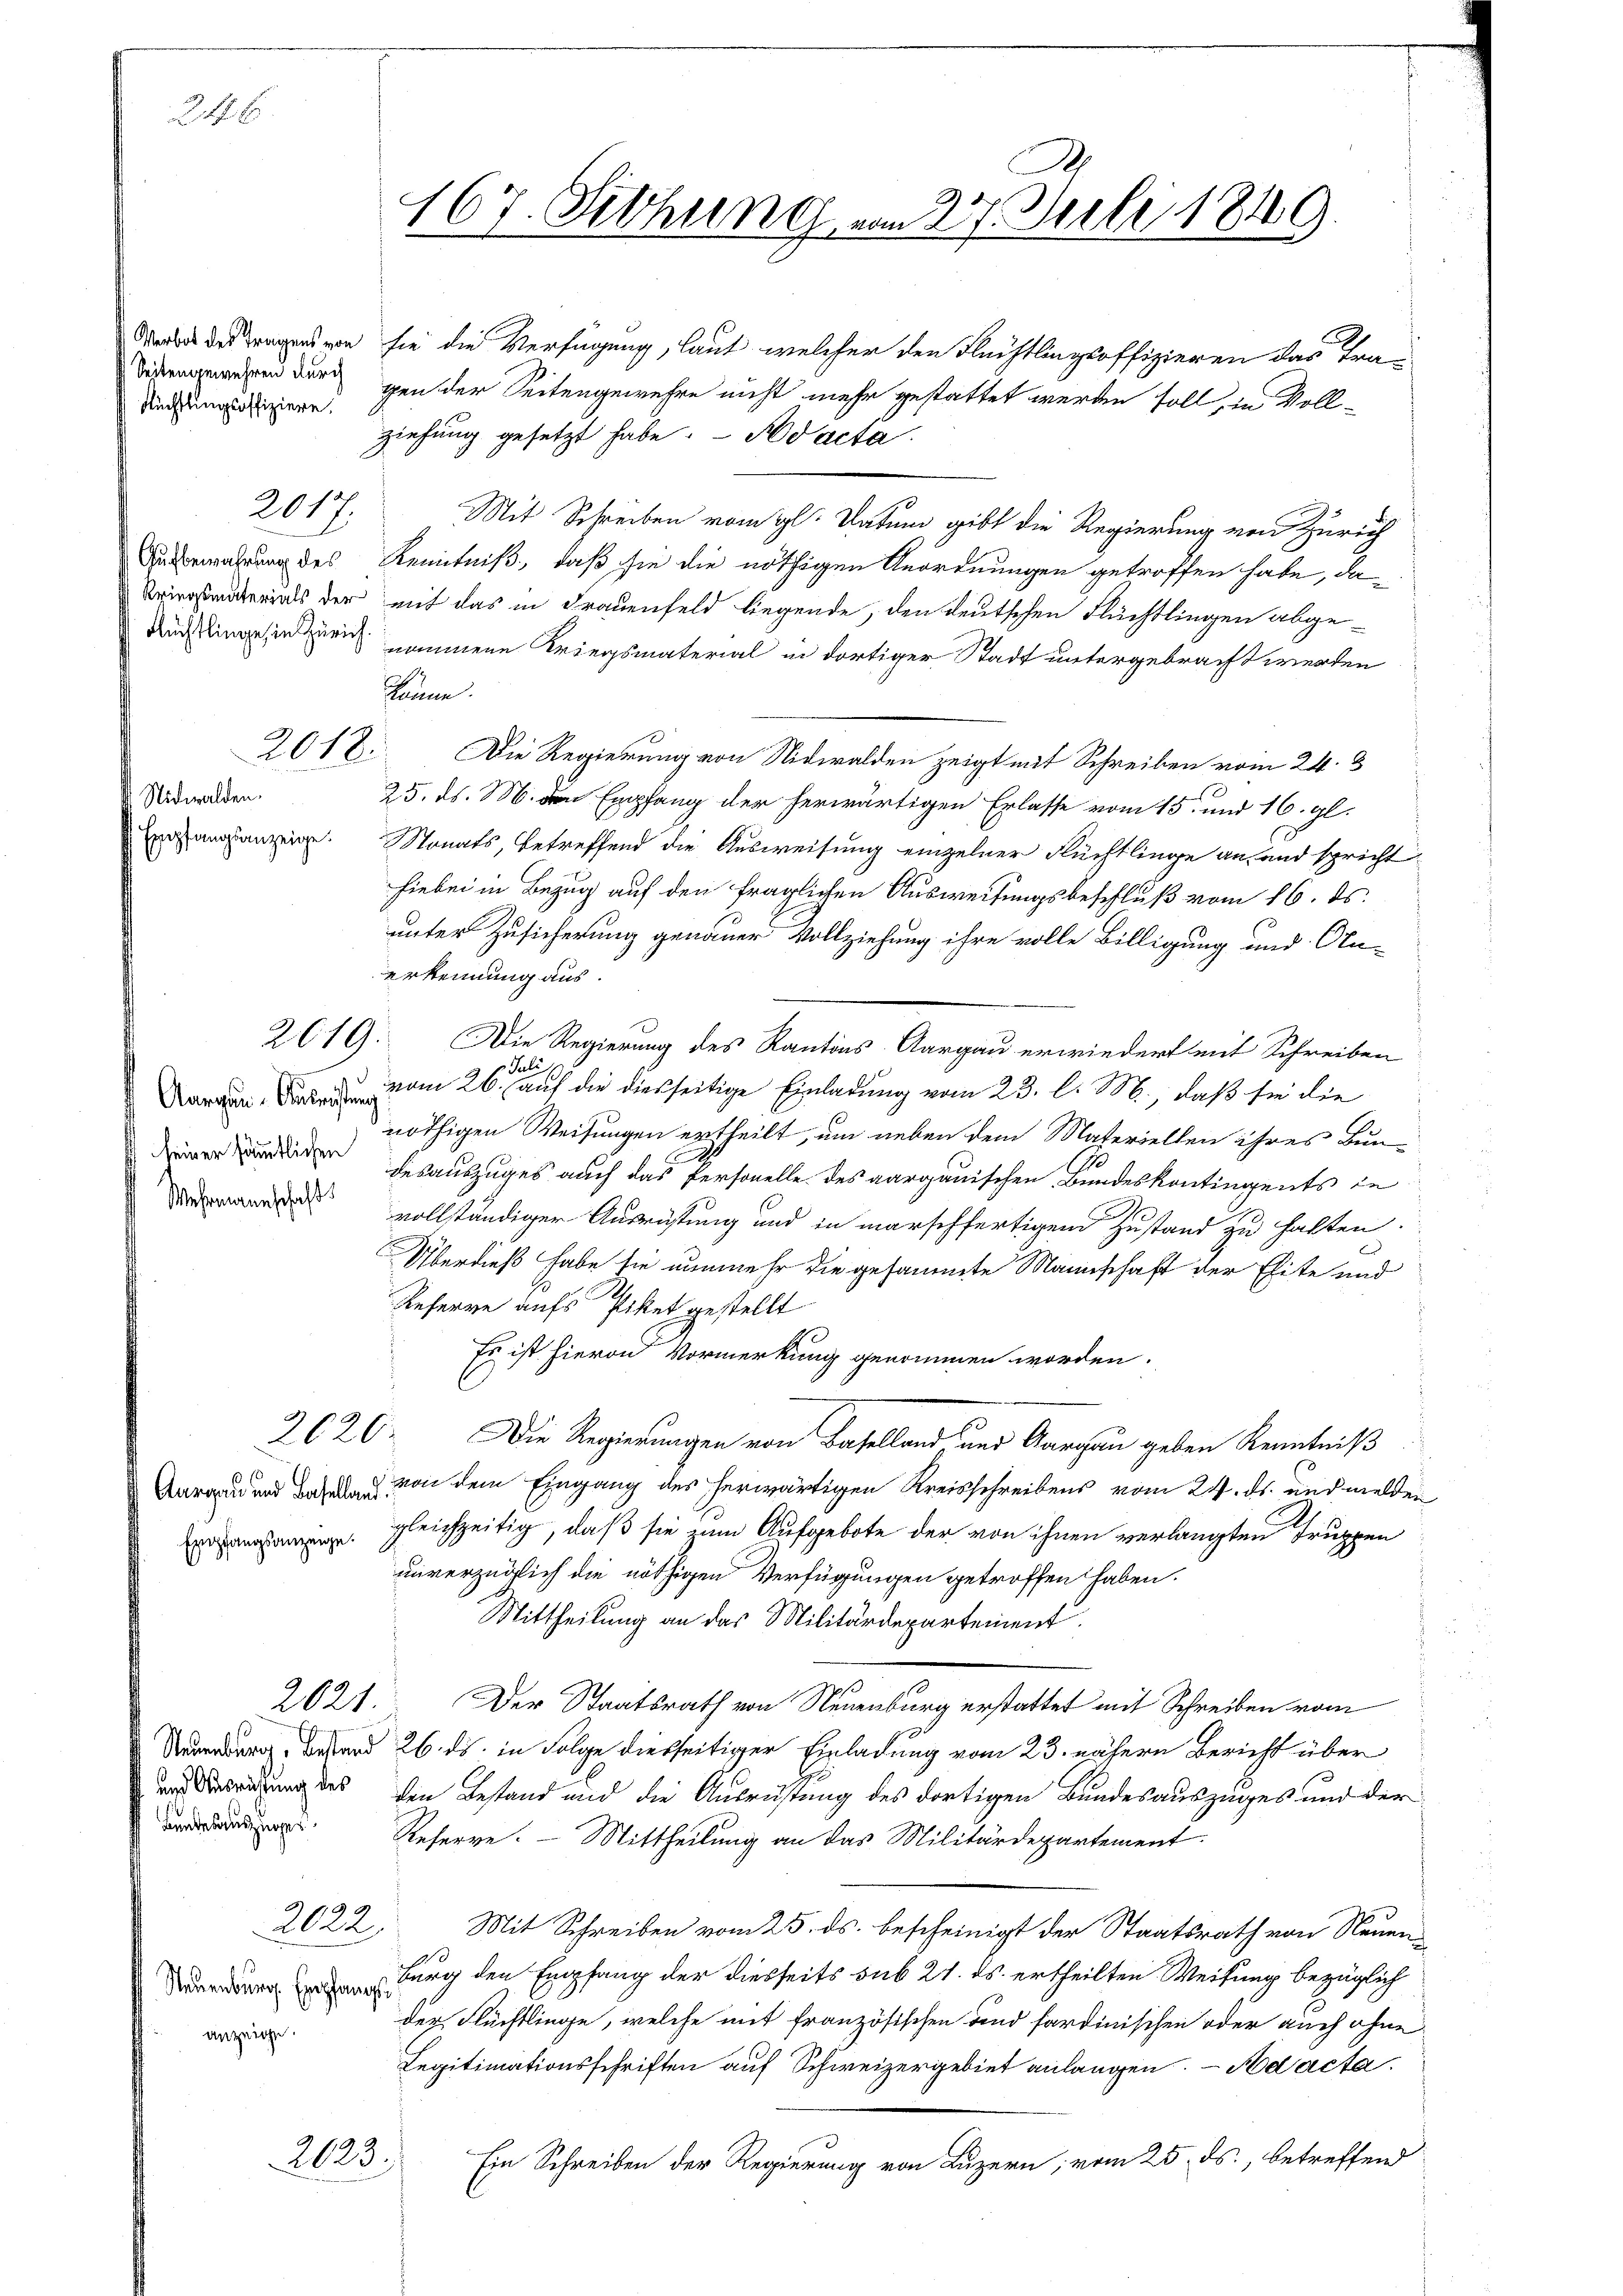
2446

Verbot des Tragens von
Seitengewehren durch
Rüchtlingsoffiziere.

2017.
Aufbewahrung des
Kriegsmaterials der
Rüchtlinge, in Zürich.

Nidwalden.
Empfangsanzeige.

Aargau. Ausrüstung
seiner sämmtlichen
Wehrmannschaft

2619.

2620.

n
Empfangsanzeige.

2021.

und Ausrichtung des

2022

anzeige.

2623.

167. Sitzung vom 27. Juli 1849.

sie die Verfügung, laut welcher den Flüchtlingsoffizieren das tragen der Seitengewehre nicht mehr gestattet werden soll, in Voll-
ziehung gesetzt habe. - Nod acta
Mit Schreiben vom gl. Datum gibt die Regierung von Zürich
Kenntniß, daß sie die nöthigen Anordnungen getroffen habe, damit das in Frauenfeld liegende, den deutschen Flüchtlingen abge-
nommene Kriegsmaterial in dortiger Stadt untergebracht werden
könne.
2018. Die Regierung von Nidwalden zeigt mit Schreiben vom 24. 3
25. ds. M. den Empfang der herwärtigen Erlasse vom 15. und 16. gl.
Stonats, betreffend die Ausweisung einzelner Flüchtlinge an, und spricht
hiebei in Bezug auf den fraglichen Ausweisungsbeschluß vom 16. ds.
unter Zusicherung genauer Vollziehung ihre volle Billigung und An-
erkennung aus.
Die Regierung des Kantons Aargau erwiedert mit Schreiben
Juli
vom 26. auf die diesseitige Einladung vom 23. l. M., daß sie die
nöthigen Weisungen ertheilt, um neben dem Materiellen ihres Bun-
desauszuges auch das Personelle des aargauischen Bundeskontingents in
vollständiger Ausrüstung und in marschfertigem Zustand zu halten.
Überdieß habe sie nunmehr die gesammte Mannschaft der Elite und
Reserve aufs Piket gestellt
Es ist hievon Vormerkung genommen worden.
Die Regierungen von Baselland und Aarchau geben Kenntniß
 von dem Eingang des herwärtigen Kreisschreibens vom 24. ds. und melden
gleichzeitig, daß sie zum Aufgebote der von ihnen verlangten Truppen
unverzüglich die nöthigen Verfügungen getroffen haben.
Mittheilung an das Militärdepartement.
Der Staatsrath von Neuenburg erstattet mit Schreiben vom
Neuenburg, das und 26. ds. in Folge diesseitiger Einladung vom 23. nähern Bericht über
den Bestand und die Ausrüstung des dortigen Bundesauszuges und der
 Referre. — Mittheilung an das Militärdepartement
Mit Schreiben vom 25. ds. bescheinigt der Staatsrath von Neuen
 Burg den Empfang der diesseits sub 21. ds. ertheilten Weisung bezüglich
der Flüchtlinge, welche mit französischen und sardinischen oder auch ohne
Legitimationsschriften auf Schweizergebiet anlangen. — Se acta
Ein Schreiben der Regierung von Luzern; vom 25. ds., betreffend